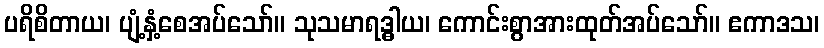
ပရိစိတာယ၊ ပျံ့နှံ့စေအပ်သော်။ သုသမာရဒ္ဓါယ၊ ကောင်းစွာအားထုတ်အပ်သော်။ ဧကာဒသ၊